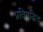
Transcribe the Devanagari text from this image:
प्रतिबद्धित